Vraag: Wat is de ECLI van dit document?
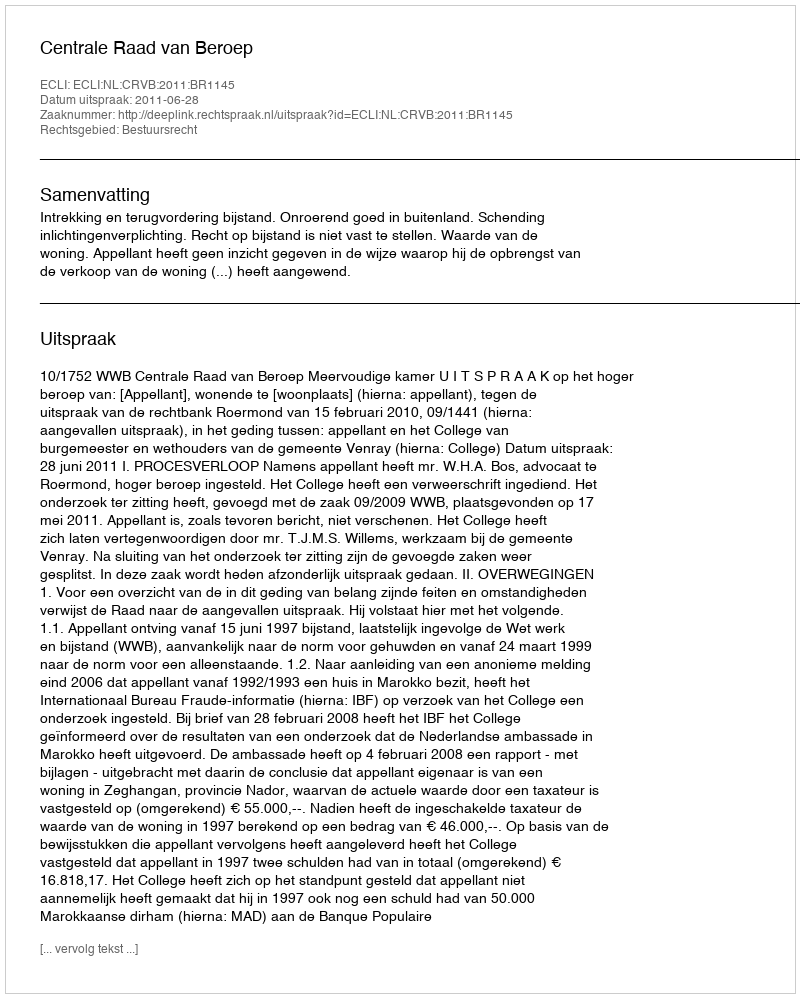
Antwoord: ECLI:NL:CRVB:2011:BR1145